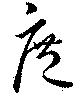
庶